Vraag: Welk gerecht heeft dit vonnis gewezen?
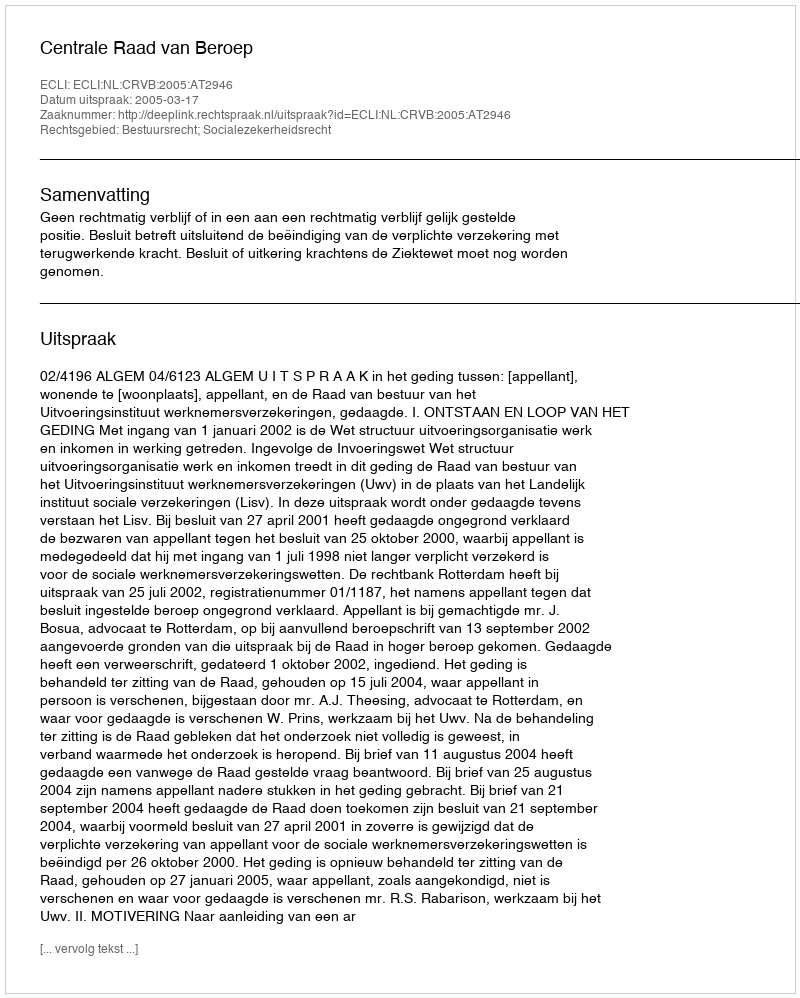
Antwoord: Centrale Raad van Beroep